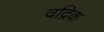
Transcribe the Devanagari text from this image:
वद्रिक